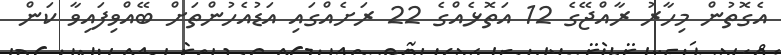
އެގޮތުން މިހާރު ރާއްޖޭގެ 12 އަތޮޅެއްގެ 22 ރަށެއްގައި އަޑުއެހުންތަށް ބޭއްވިފައިވާ ކަން